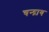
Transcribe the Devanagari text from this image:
चन्द्राय